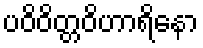
ပဝိဝိတ္တဝိဟာရိနော